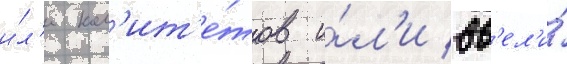
и́л'и ком'ит'е́тов и́л'и вв'ел'и́